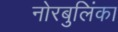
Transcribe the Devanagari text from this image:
नोरबुलिंका